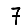
Digit: 7